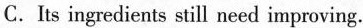
C. Its ingredients still need improving.